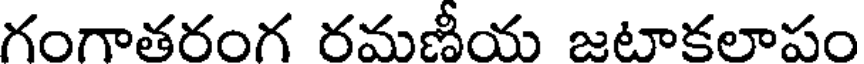
గంగాతరంగ రమణీయ జటాకలాపం